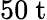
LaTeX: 50~\mathrm{t}